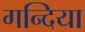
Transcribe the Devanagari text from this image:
गन्दिया